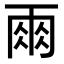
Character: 𮦆